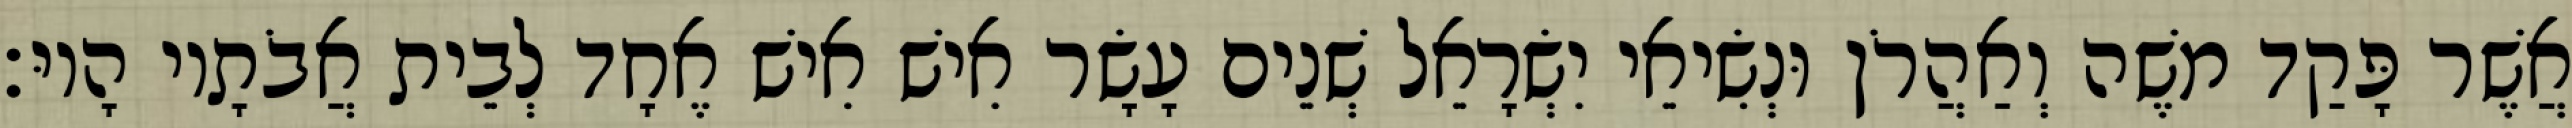
אֲשֶׁר פָּקַד משֶׁה וְאַהֲרֹן וּנְשִׂיאֵי יִשְׂרָאֵל שְׁנֵים עָשָׂר אִישׁ אִישׁ אֶחָד לְבֵית אֲבֹתָיו הָיוּ׃